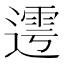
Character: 𨖜